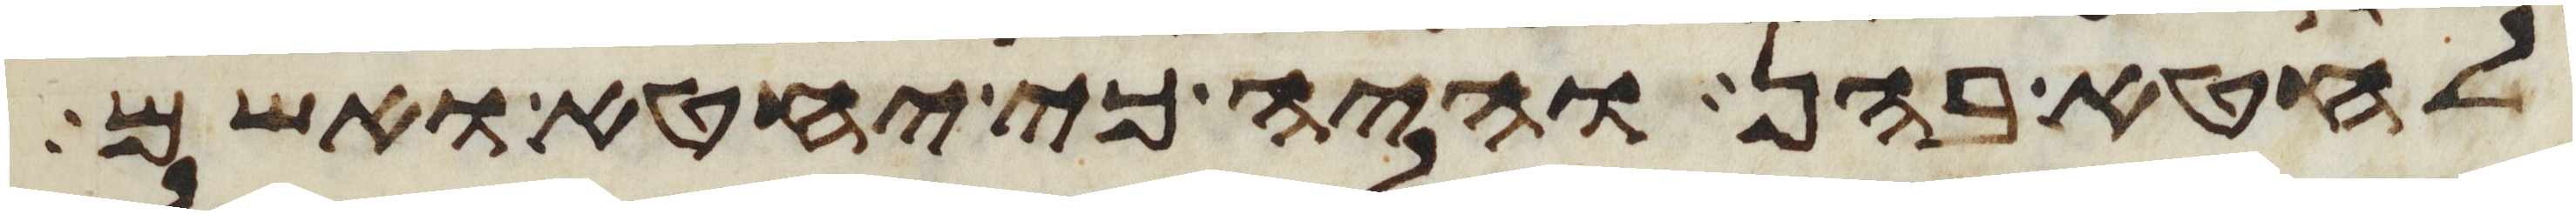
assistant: לחטא בהן והיה כי יחטא ואשם